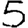
Digit: 5